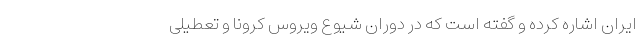
ایران اشاره کرده و گفته است که در دوران شیوع ویروس کرونا و تعطیلی